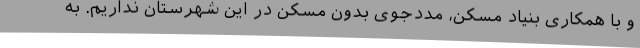
و با همکاری بنیاد مسکن، مددجوی بدون مسکن در این شهرستان نداریم. به